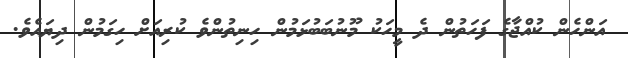
އަންހެން ކުއްޖާގެ ފަހަތުން ދެ މީހަކު މޫނުބަބުޅަމުން ހިނިތުންވެ ކުރިއަށް ހިގަމުން ދިޔައެވެ.